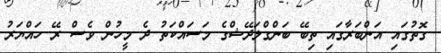
ގޮތުގައި އަންބަރާގައި ތިބޭ ބަންގްލަދޭޝްގެ މަސައްކަތު ދެ މީހުން ވެސް ރޭ ހައްޔަރު